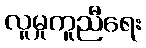
လူမှုကူညီရေး